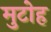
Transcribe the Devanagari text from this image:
मुटोह